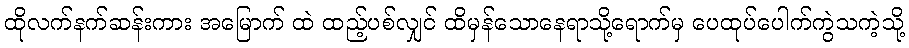
ထိုလက်နက်ဆန်းကား အမြောက် ထဲ ထည့်ပစ်လျှင် ထိမှန်သောနေရာသို့ရောက်မှ ပေထုပ်ပေါက်ကွဲသကဲ့သို့